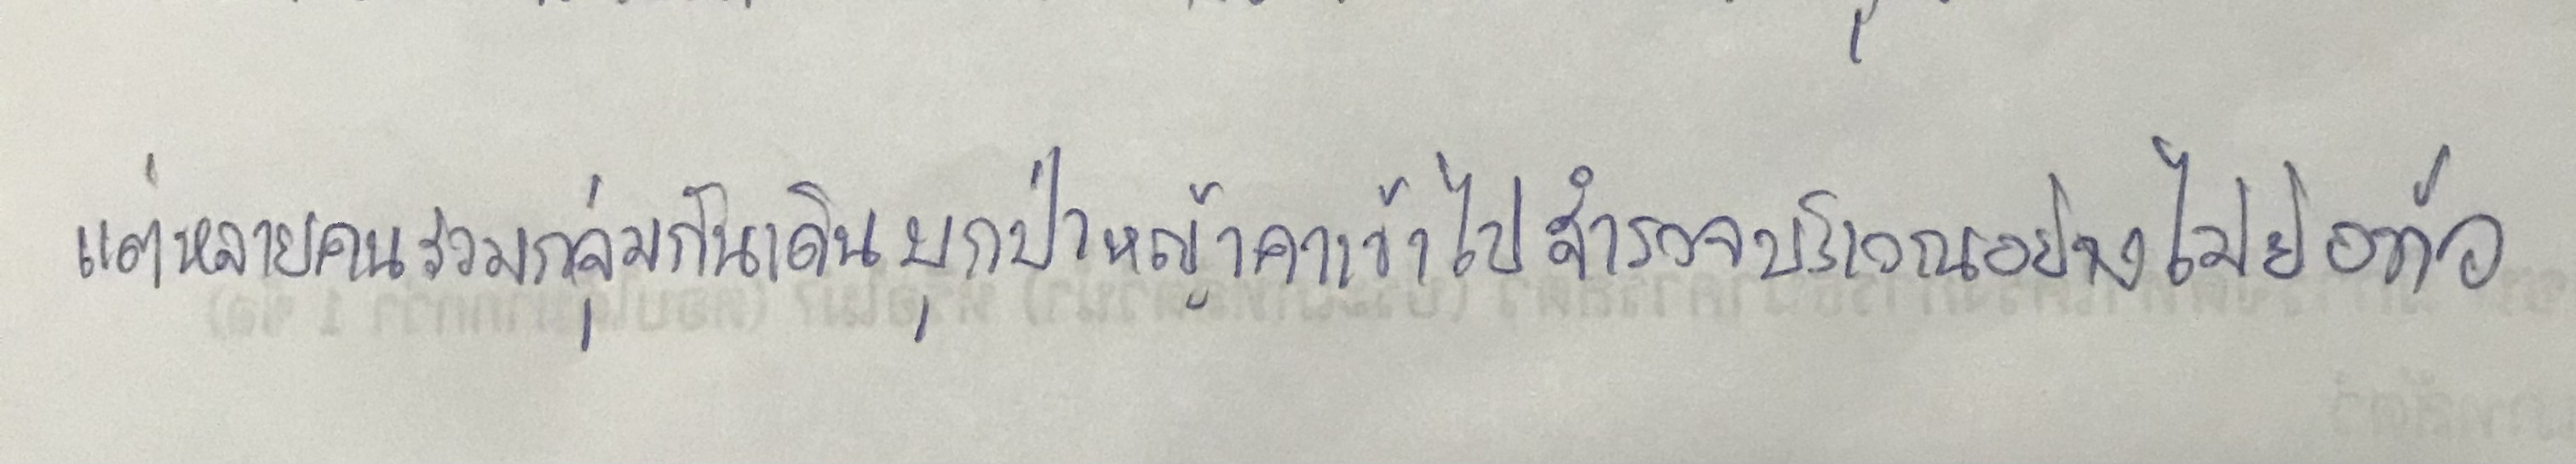
แต่หลายคนรวมกลุ่มกันเดินบุกป่าหญ้าคาเข้าไปสำรวจบริเวณอย่างไม่ย่อท้อ